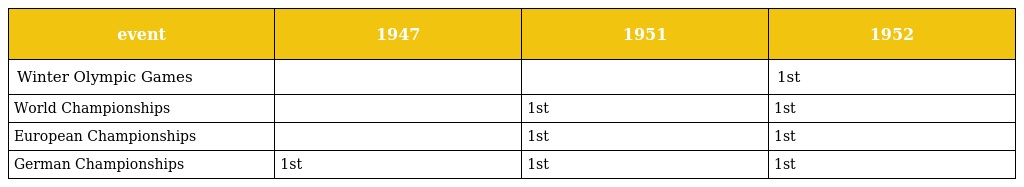
| event | 1947 | 1951 | 1952 |
 | --- | --- | --- | --- |
 | Winter Olympic Games |  |  | 1st |
 | World Championships |  | 1st | 1st |
 | European Championships |  | 1st | 1st |
 | German Championships | 1st | 1st | 1st |